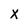
Character: X